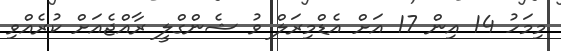
މިމަހު 14 އިން 17 އަށް އެޑްމިރަލް ވު ޝެންގްލީ ރާއްޖެއަށް ކުރެއްވި